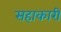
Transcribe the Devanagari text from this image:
सहाकारी